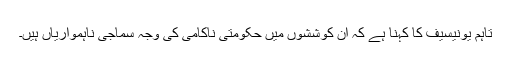
تاہم یونیسیف کا کہنا ہے کہ ان کوششوں میں ‍حکومتی ناکامی کی وجہ سماجی ناہمواریاں ہیں۔